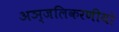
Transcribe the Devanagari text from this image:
अञ्जलिकरणीयो